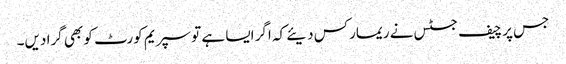
جس پر چیف جسٹس نے ریمارکس دیئے کہ اگر ایسا ہے تو سپریم کورٹ کو بھی گرا دیں۔